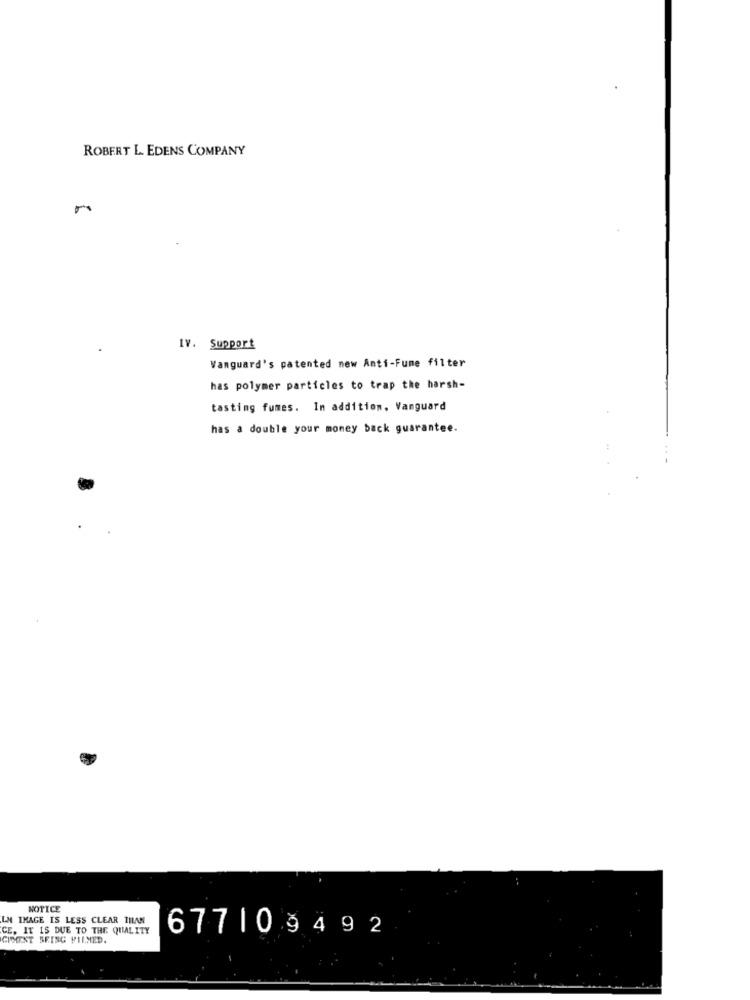
ROBERT L. EDENS COMPANY
IV. Support
Vanguard's patented new Anti-Fume filter
has polymer particles to trap the harsh-
tasting fumes. In addition, Vanguard
has a double your money back guarantee.
NOTICE
LM IMAGE IS LESS CLEAR THAN
CE. IT IS DUE TO THE QUALITY
677109492
GIMMEST BRING PILMED.